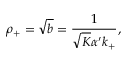
\rho _ { + } = \sqrt { b } = \frac { 1 } { \sqrt { K } \alpha ^ { \prime } k _ { + } } ,